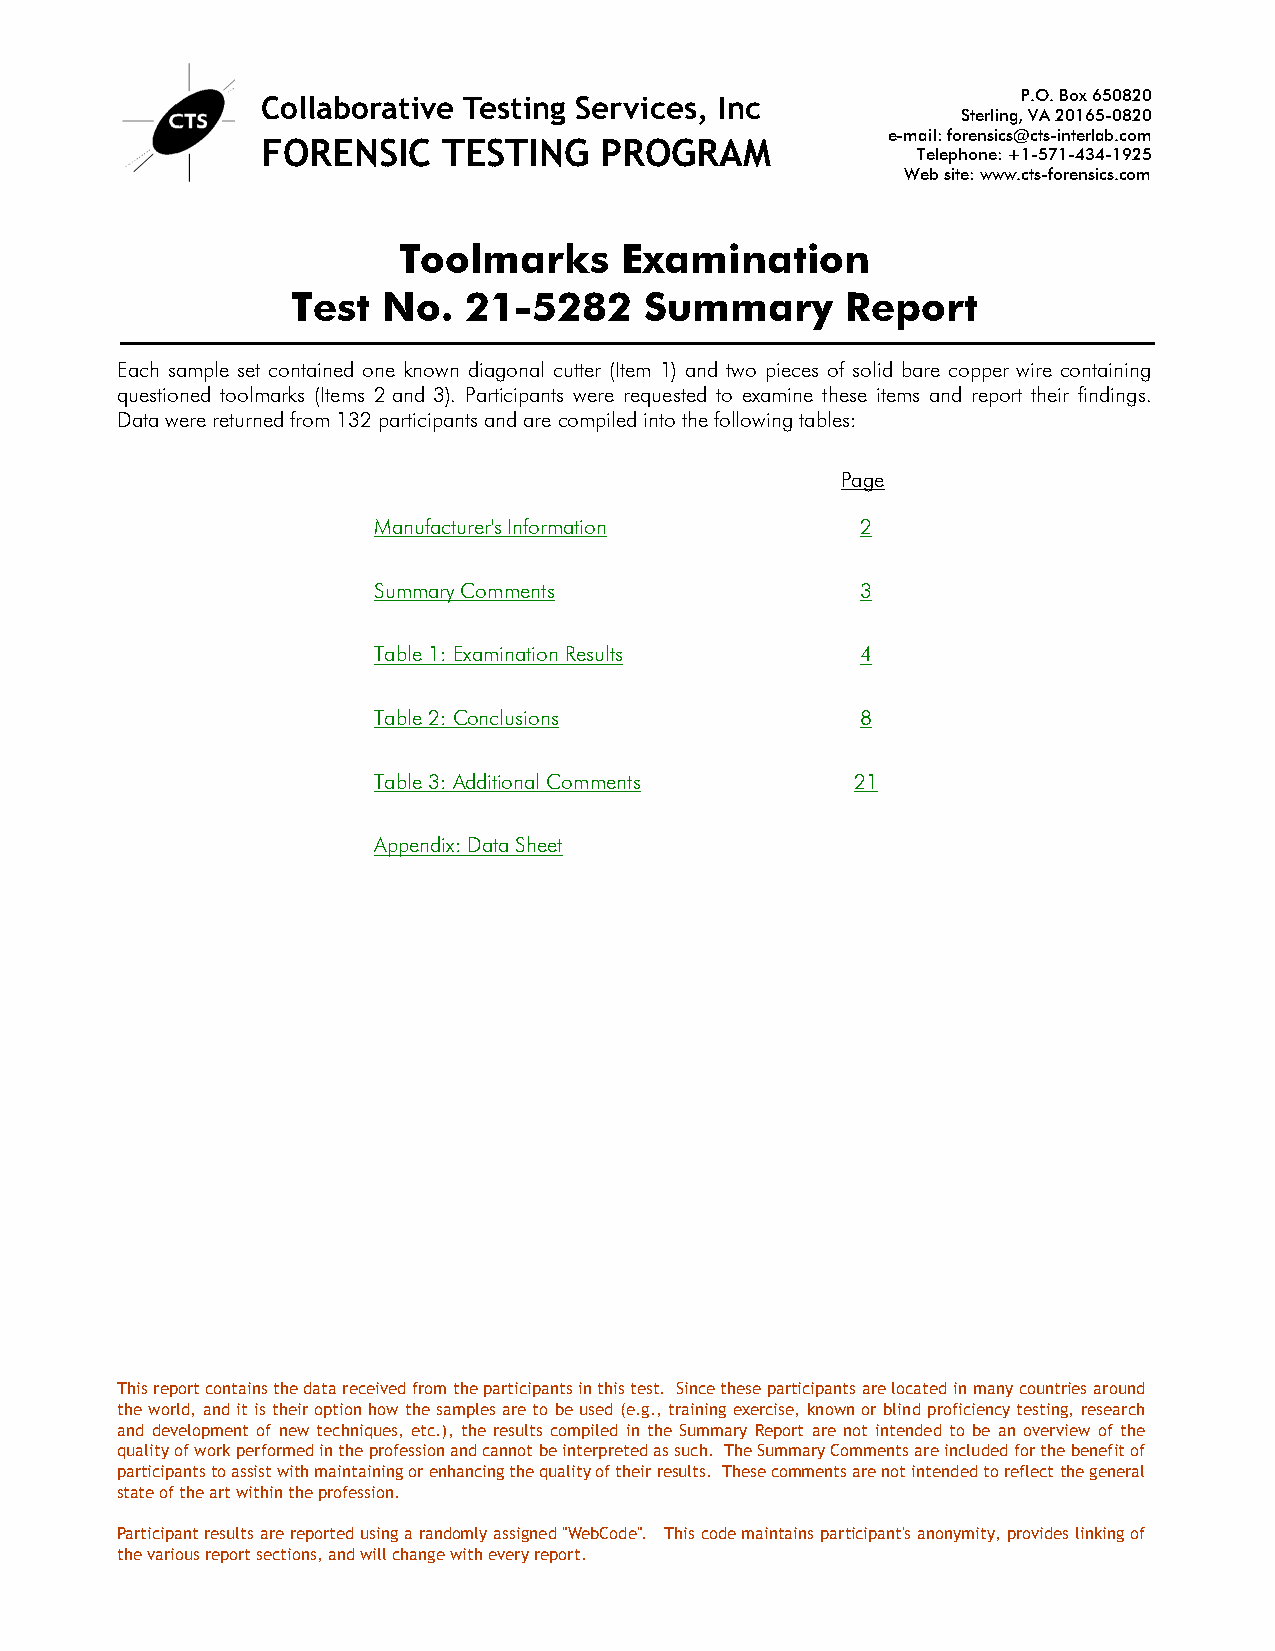
P.O. Box 650820
 Collaborative Testing Services, Inc
 Sterling, VA 20165-0820
 e-mail: forensics@cts-interlab.com
 FORENSIC    TESTING    PROGRAM
 Telephone: +1-571-434-1925
 Web site: www.cts-forensics.com
 Toolmarks      Examination
 Test  No.   21-5282     Summary      Report
 Each sample set contained one known diagonal cutter (Item 1) and two pieces of solid bare copper wire containing
 questioned toolmarks (Items 2 and 3). Participants were requested to examine these items and report their findings.
 Data were returned from 132 participants and are compiled into the following tables:
 Page
 Manufacturer's Information      2
 Summary Comments                3
 Table 1: Examination Results    4
 Table 2: Conclusions            8
 Table 3: Additional Comments    21
 Appendix: Data Sheet
 This report contains the data received from the participants in this test. Since these participants are located in many countries around
 the world, and it is their option how the samples are to be used (e.g., training exercise, known or blind proficiency testing, research
 and development of new techniques, etc.), the results compiled in the Summary Report are not intended to be an overview of the
 quality of work performed in the profession and cannot be interpreted as such. The Summary Comments are included for the benefit of
 participants to assist with maintaining or enhancing the quality of their results. These comments are not intended to reflect the general
 state of the art within the profession.
 Participant results are reported using a randomly assigned "WebCode". This code maintains participant's anonymity, provides linking of
 the various report sections, and will change with every report.